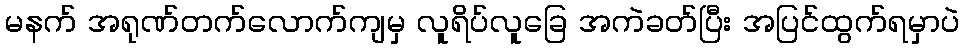
မနက် အရုဏ်တက်လောက်ကျမှ လူရိပ်လူခြေ အကဲခတ်ပြီး အပြင်ထွက်ရမှာပဲ